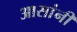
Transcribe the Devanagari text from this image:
आसांनी